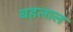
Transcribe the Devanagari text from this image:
बहलाल